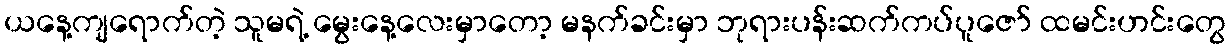
ယနေ့ကျရောက်တဲ့ သူမရဲ့ မွေးနေ့လေးမှာတော့ မနက်ခင်းမှာ ဘုရားပန်းဆက်ကပ်ပူဇော် ထမင်းဟင်းတွေ